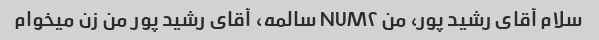
سلام آقای رشید پور، من NUM۲ سالمه، آقای رشید پور من زن میخوام